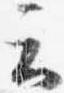
云